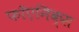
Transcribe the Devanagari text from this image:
फॉएनिक्स